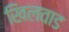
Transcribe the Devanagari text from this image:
खिलवाड